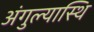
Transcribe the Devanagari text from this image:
अंगुल्यास्थि